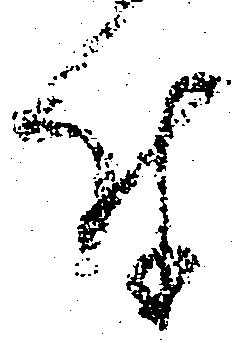
付